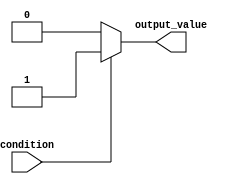
module behavioral_modeling(
    input wire condition,
    output reg output_value
);

initial begin
    if (condition) begin
        output_value = 1'b1; // assign a value when condition is true
    end
    else begin
        output_value = 1'b0; // assign a value when condition is false
    end
end

endmodule